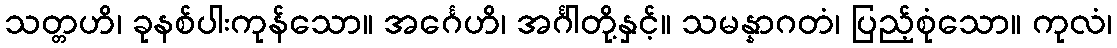
သတ္တဟိ၊ ခုနစ်ပါးကုန်သော။ အင်္ဂေဟိ၊ အင်္ဂါတို့နှင့်။ သမန္နာဂတံ၊ ပြည့်စုံသော။ ကုလံ၊